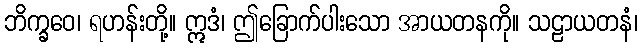
ဘိက္ခဝေ၊ ရဟန်းတို့။ ဣဒံ၊ ဤခြောက်ပါးသော အာယတနကို။ သဠာယတနံ၊